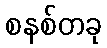
စနစ်တခု